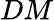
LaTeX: DM